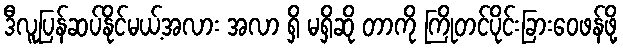
ဒီလူပြန်ဆပ်နိုင်မယ့်အလား အလာ ရှိ မရှိဆို တာကို ကြိုတင်ပိုင်းခြားဝေဖန်ဖို့